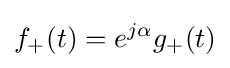
f_{+}(t)=e^{j\alpha }g_{+}(t)